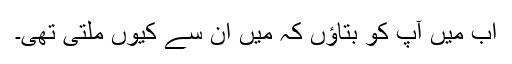
اب میں آپ کو بتاؤں کہ میں ان سے کیوں ملتی تھی۔